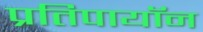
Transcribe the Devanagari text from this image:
प्रतिपायॉन